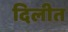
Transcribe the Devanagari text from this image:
दिलीत